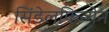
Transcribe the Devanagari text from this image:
सिंडेलफिन्गेन